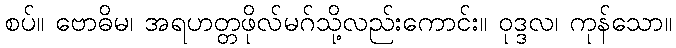
စပ်။ ဗောဓိမ၊ အရဟတ္တဖိုလ်မဂ်သို့လည်းကောင်း။ ဝုဒ္ဒလ၊ ကုန်သော။